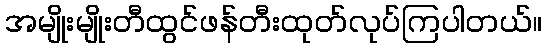
အမျိုးမျိုးတီထွင်ဖန်တီးထုတ်လုပ်ကြပါတယ်။